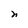
Character: n